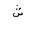
Letter: _shin